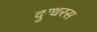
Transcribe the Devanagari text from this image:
दुग्धरस